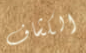
الكشاف